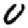
Digit: 0